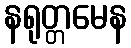
နရုတ္တမေန